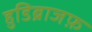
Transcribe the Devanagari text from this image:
हुडिब्राजफ़